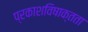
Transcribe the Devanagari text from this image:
प्रकाशविषाक्तता